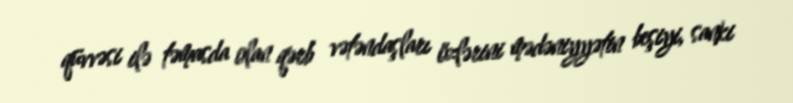
qüvvəsi ilə təmasda olan qərb vətəndaşları özlərini mədəniyyətin beşiyi, sanki